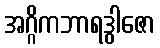
အဂ္ဂိကဘာရဒွါဇော